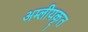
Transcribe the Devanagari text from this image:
अम्लीयकृत